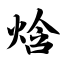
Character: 焓